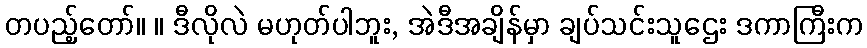
တပည့်တော်။ ။ ဒီလိုလဲ မဟုတ်ပါဘူး, အဲဒီအချိန်မှာ ချပ်သင်းသူဌေး ဒကာကြီးက